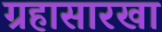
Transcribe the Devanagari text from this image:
ग्रहासारखा